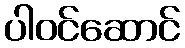
ပါဝင်ဆောင်